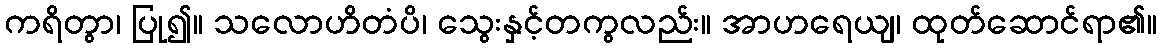
ကရိတွာ၊ ပြု၍။ သလောဟိတံပိ၊ သွေးနှင့်တကွလည်း။ အာဟရေယျ၊ ထုတ်ဆောင်ရာ၏။